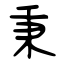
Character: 秉